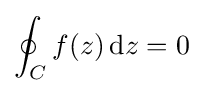
\oint _{C}f(z)\,\mathrm {d} z=0